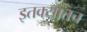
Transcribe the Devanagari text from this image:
इतक्यातच